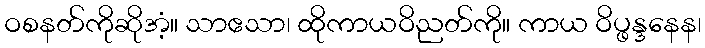
ဝစနတ်ကိုဆိုအံ့။ သာဧသာ၊ ထိုကာယဝိညတ်ကို။ ကာယ ဝိပ္ဖန္ဒနေန၊